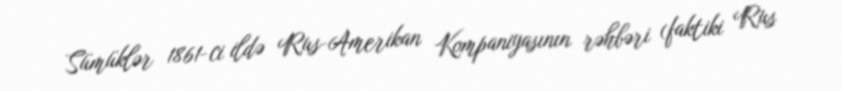
Sümüklər 1861-ci ildə Rus-Amerikan Kompaniyasının rəhbəri (faktiki Rus